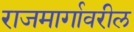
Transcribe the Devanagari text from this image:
राजमार्गावरील